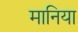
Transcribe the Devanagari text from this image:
मानिया